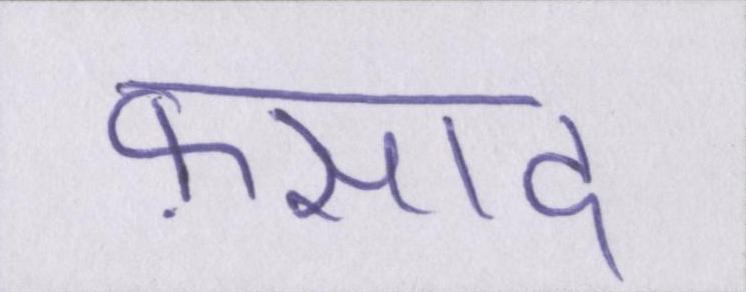
फ़साद